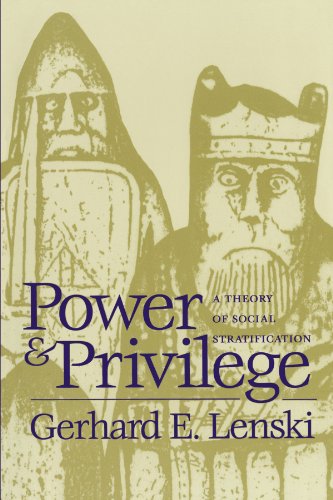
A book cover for Power and Privilege: A Theory of Social Stratification; Gerhard E. Lenski; Business & Money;